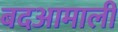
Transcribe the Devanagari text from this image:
बदआमाली